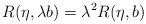
\begin{align*}R(\eta, \lambda b) = \lambda^2 R(\eta, b)\end{align*}